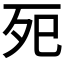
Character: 𭮀